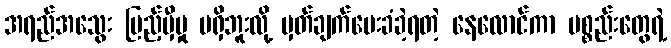
အရည်အသွေး ပြည့်မှီမှု မရှိဘူးလို့ မှတ်ချက်ပေးခံခဲ့ရတဲ့ နေလောင်ကာ ပစ္စည်းတွေရဲ့